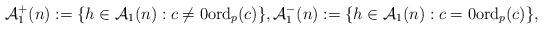
LaTeX: \begin{align*} \mathcal A_1^+(n) := \{h \in \mathcal A_1(n): c \neq 0 \mathrm{ord}_p(c) \}, \mathcal A_1^-(n) := \{h \in \mathcal A_1(n): c = 0 \mathrm{ord}_p(c) \},\end{align*}